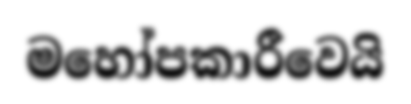
මහෝපකාරීවෙයි